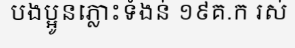
បងប្អូនភ្លោះទំងន់ ១៩គ.ក រស់